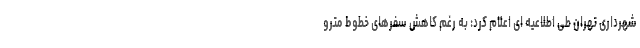
شهرداری تهران طی اطلاعیه ای اعلام کرد: به رغم کاهش سفرهای خطوط مترو